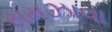
સમઝાવા